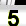
Digit: 5